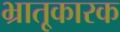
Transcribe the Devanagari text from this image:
भ्रातृ्कारक